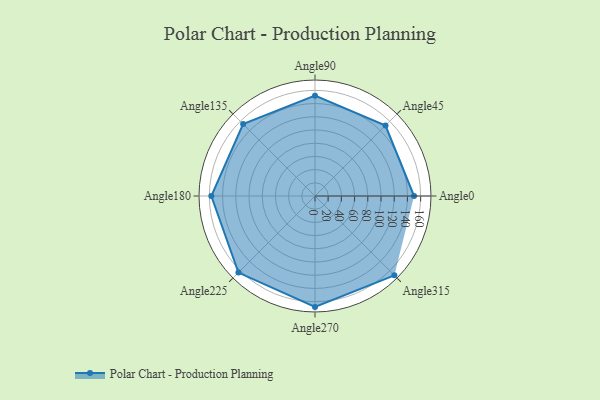
{"axis": {"x": "Angle", "y": "Radius"}, "legend": [""], "data": [{"x": "Angle0", "y": 150.0, "type": ""}, {"x": "Angle45", "y": 151.0, "type": ""}, {"x": "Angle90", "y": 152.0, "type": ""}, {"x": "Angle135", "y": 154.0, "type": ""}, {"x": "Angle180", "y": 157.0, "type": ""}, {"x": "Angle225", "y": 164.0, "type": ""}, {"x": "Angle270", "y": 168.0, "type": ""}, {"x": "Angle315", "y": 170, "type": ""}]}